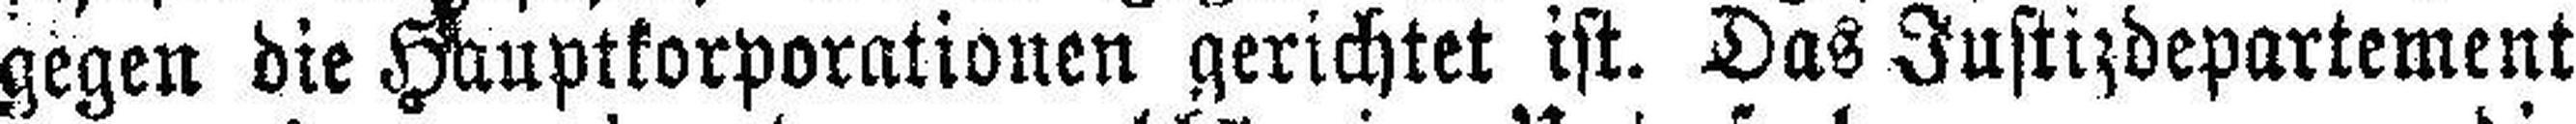
gegen die Hauptkorporationen gerichtet ist. Das Justizdepartement